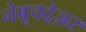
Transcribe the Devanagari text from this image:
नेबूचद्रेज़र